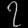
Digit: ၇